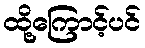
ထို့ကြောင့်ပင်